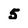
Character: 5